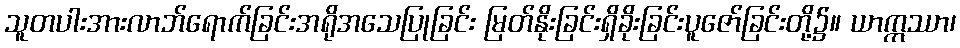
သူတပါးအားလာဘ်ရောက်ခြင်းအရိုအသေပြုခြင်း မြတ်နိုးခြင်းရှိခိုးခြင်းပူဇော်ခြင်းတို့၌။ ယာဣဿာ၊